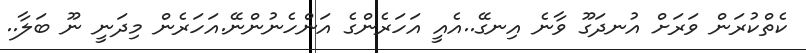
ކެތްކުރަން ވަރަށް އުނދަގޫ ވާނެ އިނގޭ..އެއީ އަހަރެންގެ އަންހެނުންނޭ.އަހަރެން މިދަނީ ނޫ ބަލާ..